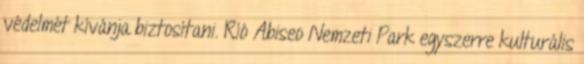
védelmét kívánja biztosítani. Ríó Abiseo Nemzeti Park egyszerre kulturális